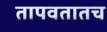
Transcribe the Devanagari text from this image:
तापवतातच